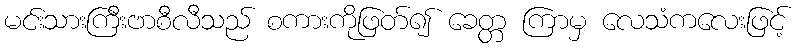
မင်းသားကြီးဗာစီလီသည် စကားကိုဖြတ်၍ ခေတ္တ ကြာမှ လေသံကလေးဖြင့်